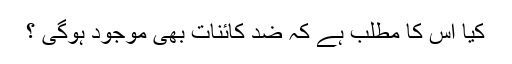
کیا اس کا مطلب ہے کہ ضد کائنات بھی موجود ہوگی ؟